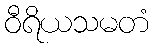
ဝီရိယသမတံ